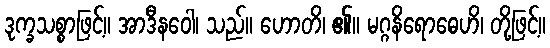
ဒုက္ခသစ္စာဖြင့်။ အာဒီနဝေါ၊ သည်။ ဟောတိ၊ ၏။ မဂ္ဂနိရောဓေဟိ၊ တို့ဖြင့်။